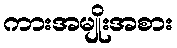
ကားအမျိုးအစား